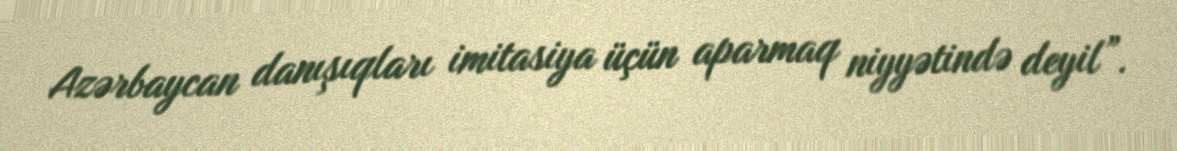
Azərbaycan danışıqları imitasiya üçün aparmaq niyyətində deyil”.